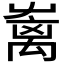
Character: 𡴥